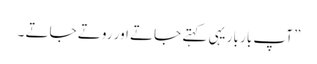
” آپ بار بار یہی کہتے جاتے اور روتے جاتے ۔